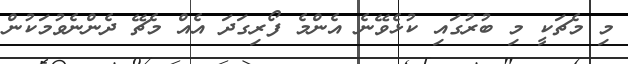
މި މެޗަކީ މި ބުރުގައި ކުޅެވޭނެ އެންމެ ފޯރިގަދަ އެއް މެޗޭ ދެންނެވުމަކުން